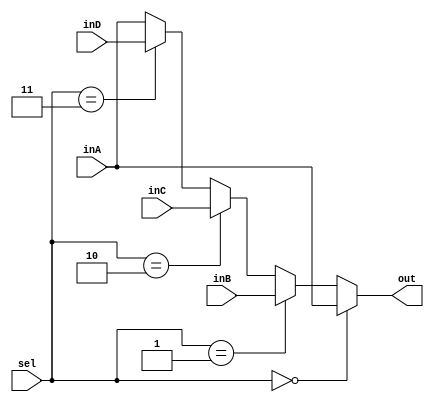
`timescale 1ns / 1ps
//////////////////////////////////////////////////////////////////////////////////
// Company: 
// Engineer: 
// 
// Design Name: 
// Module Name: Mux32Bit3to1
// Project Name: 
// Target Devices: 
// Tool Versions: 
// Description: 
// 
// Dependencies: 
// 
// Revision:
// Revision 0.01 - File Created
// Additional Comments:
// 
//////////////////////////////////////////////////////////////////////////////////


module Mux32Bit4to1 (
    out,
    inA,
    inB,
    inC,
	inD,
    sel
);

  output reg [31:0] out;

  input [31:0] inA;
  input [31:0] inB;
  input [31:0] inC;
  input [31:0] inD;
  input [1:0] sel;

  always @(*) begin
    if (sel == 2'b00) begin
      out <= inA;
    end else if (sel == 2'b01) begin
      out <= inB;
    end else if (sel == 2'b10) begin
      out <= inC;
    end else if (sel == 2'b11) begin
      out <= inD;
    end else begin
      out <= inA;
    end
  end
endmodule